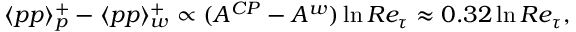
\begin{array} { r } { \langle p p \rangle _ { p } ^ { + } - \langle p p \rangle _ { w } ^ { + } \propto ( A ^ { C P } - A ^ { w } ) \ln R e _ { \tau } \approx 0 . 3 2 \ln R e _ { \tau } , } \end{array}